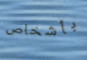
بأشخاص